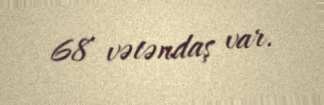
68 vətəndaş var.